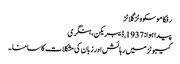
رفکا موسکووٹز گلاٹز
پیدا ہوا: 1937, ڈیبریکن، ہنگری
کیبوٹز میں رہائش اور زبان کی مشکلات کا سامنا۔